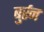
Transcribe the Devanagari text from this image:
बुर्रन